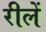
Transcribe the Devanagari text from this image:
रीलें